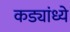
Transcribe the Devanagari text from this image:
कड्यांध्ये